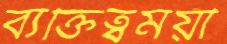
ব্যক্তিত্বময়ী